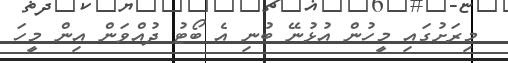
މިރަށުގައި މީހުން އުޅުނޭ ބުނި އެ ބޯޓު ދުއްވަން އިން މީހަ